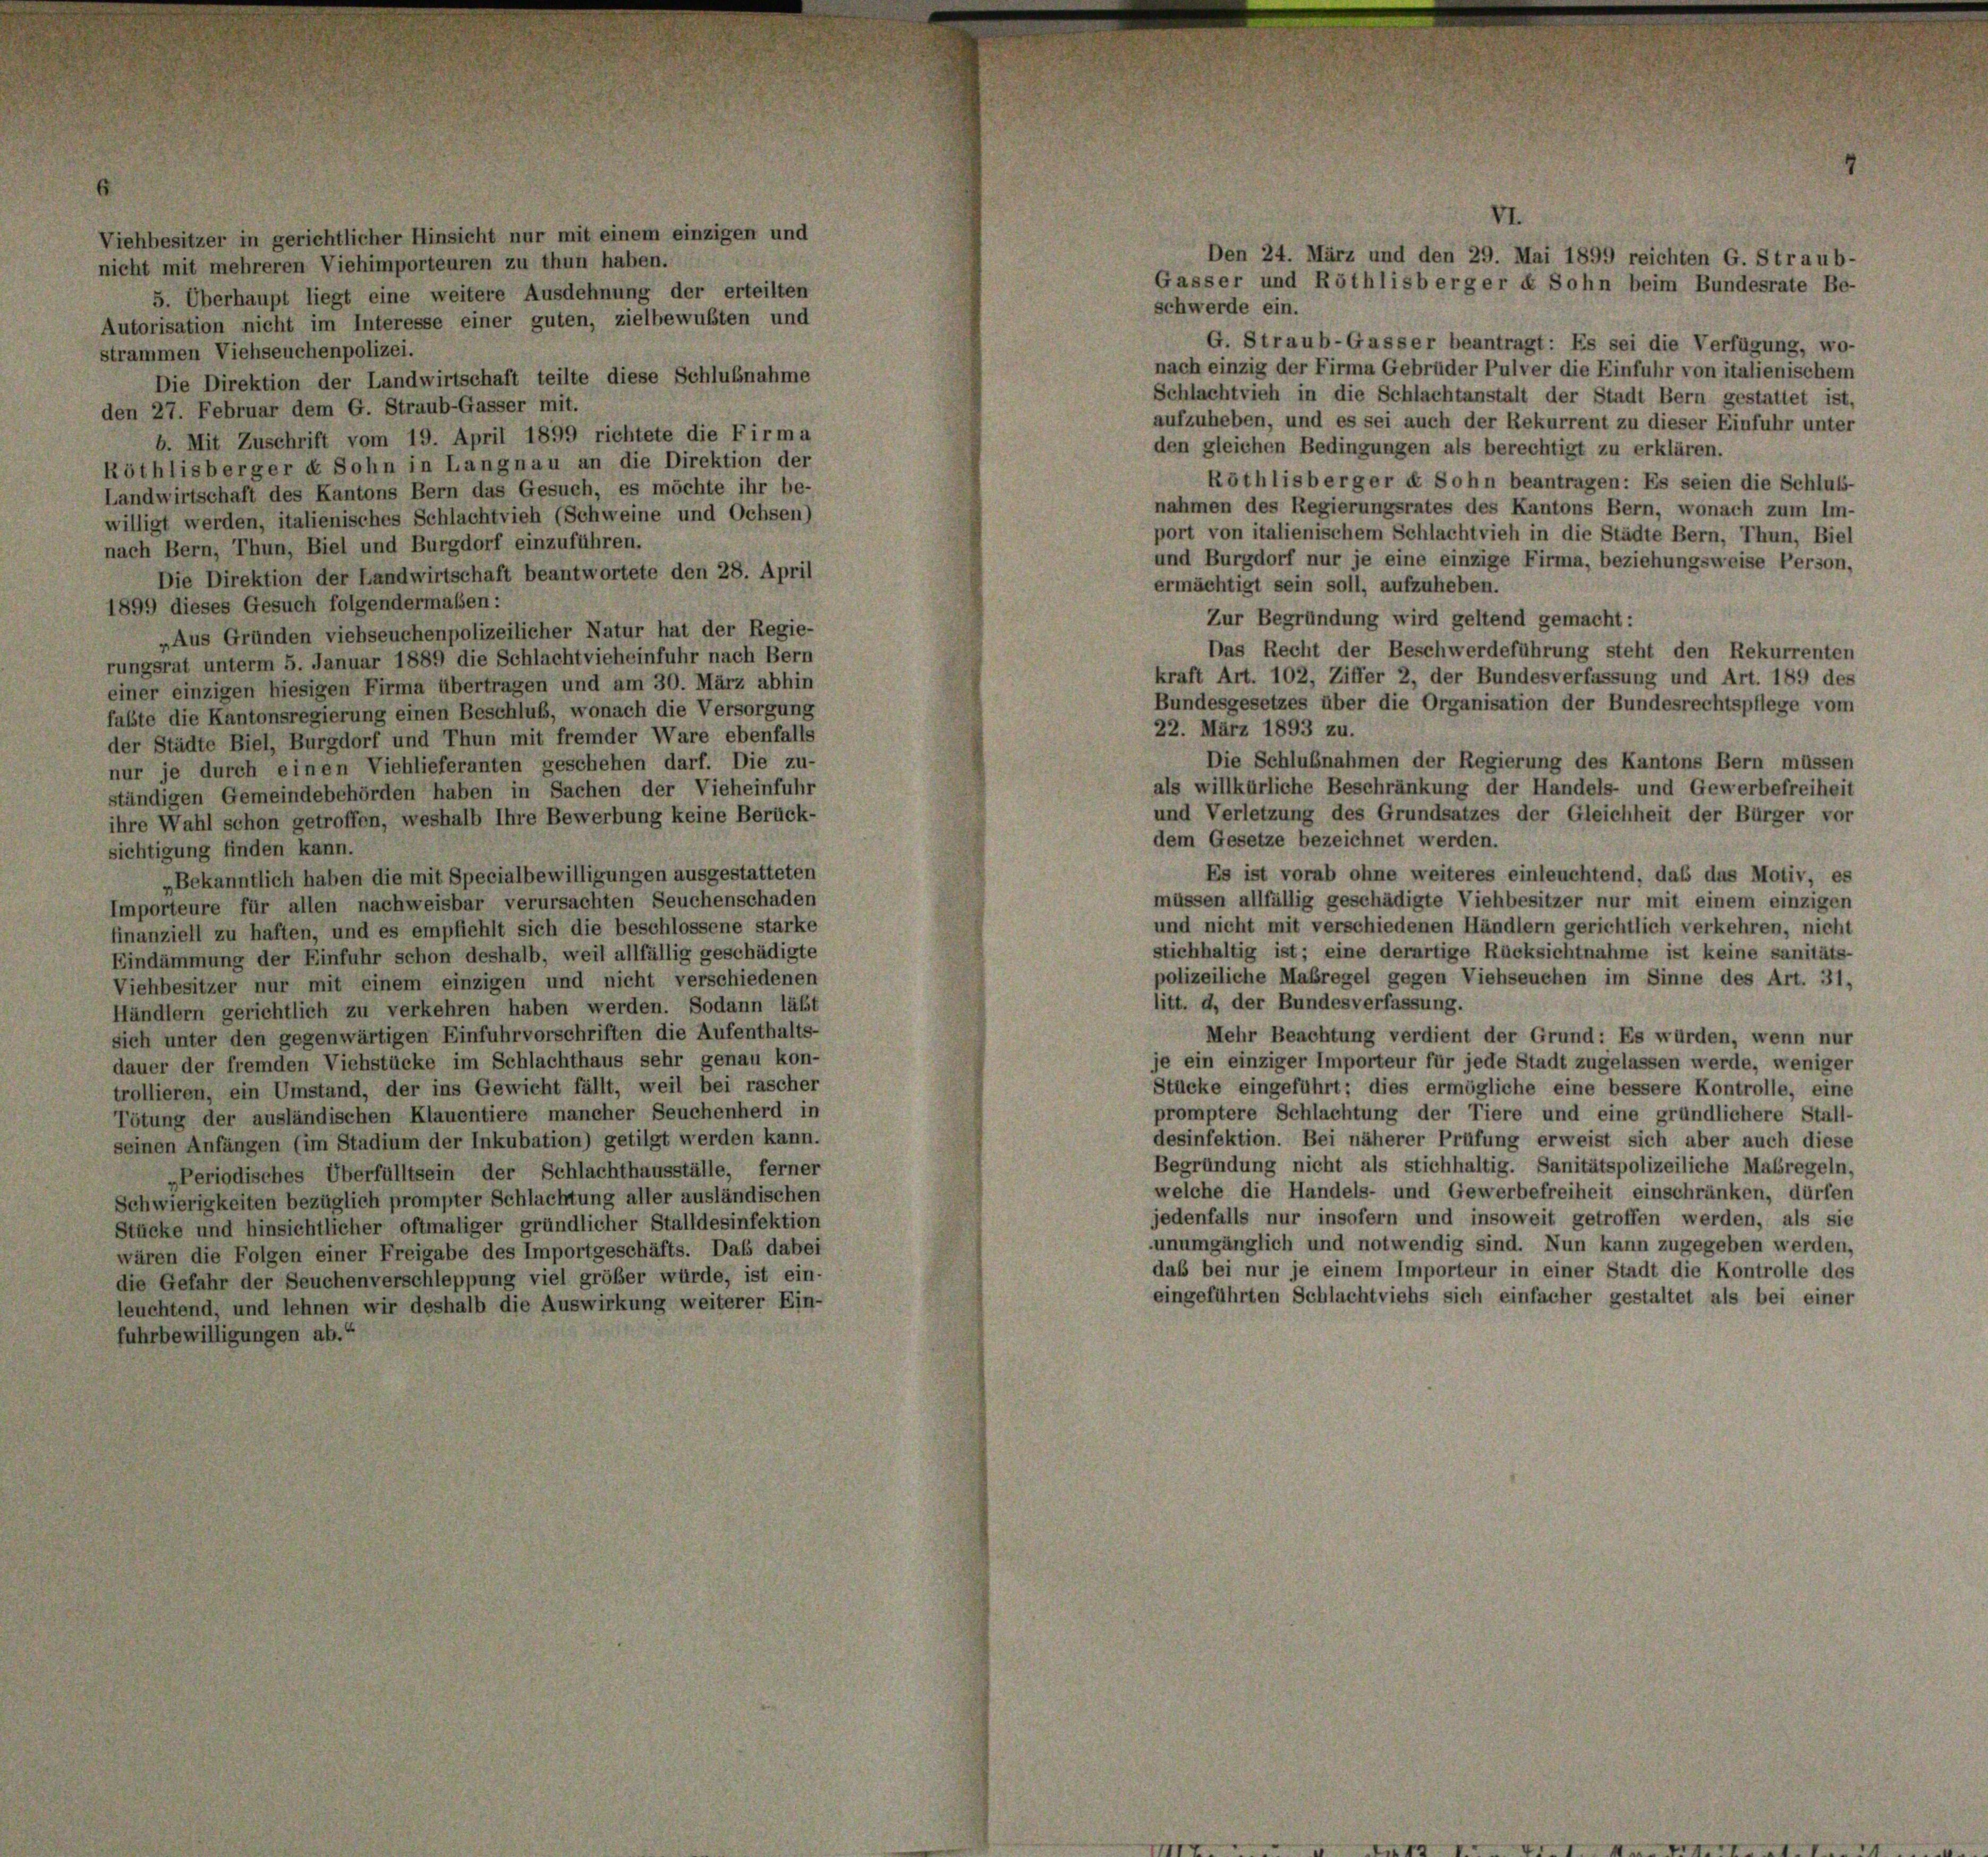
Viehbesitzer in gerichtlicher Hinsicht nur mit einem einzigen und
nicht mit mehreren Viehimporteuren zu thun haben.

5. Überhaupt liegt eine weitere Ausdehnung der erteilten
Autorisation nicht im Interesse einer guten, zielbewußten und
strammen Viehseuchenpolizei.
Die Direktion der Landwirtschaft teilte diese Schlußnahme
den 27. Februar dem G. Straub-Gasser mit.
b. Mit Zuschrift vom 19. April 1899 richtete die Firma
Röthlisberger & Sohn in Langnau an die Direktion der
Landwirtschaft des Kantons Bern das Gesuch, es möchte ihr be-
willigt werden, italienisches Schlachtvieh (Schweine und Ochsen)
nach Bern, Thun, Biel und Burgdorf einzuführen.
Die Direktion der Landwirtschaft beantwortete den 28. April
1899 dieses Gesuch folgendermaßen:
„Aus Gründen viehseuchenpolizeilicher Natur hat der Regie-
rungsrat unterm 5. Januar 1889 die Schlachtvieheinfuhr nach Bern
einer einzigen hiesigen Firma übertragen und am 30. März abhin
fabte die Kantonsregierung einen Beschluß, wonach die Versorgung
der Städte Biel, Burgdorf und Thun mit fremder Ware ebenfalls
nur je durch einen Viehlieferanten geschehen darf. Die zu-
ständigen Gemeindebehörden haben in Sachen der Vieheinfuhr
ihre Wahl schon getroffen, weshalb Ihre Bewerbung keine Berück-
sichtigung finden kann.
„Bekanntlich haben die mit Specialbewilligungen ausgestatteten
Importeure für allen nachweisbar verursachten Seuchenschaden
finanziell zu haften, und es empfiehlt sich die beschlossene starke
Eindämmung der Einfuhr schon deshalb, weil allfällig geschädigte
Viehbesitzer nur mit einem einzigen und nicht verschiedenen
Händlern gerichtlich zu verkehren haben werden. Sodann läßt
sich unter den gegenwärtigen Einfuhrvorschriften die Aufenthalts-
dauer der fremden Viehstücke im Schlachthaus sehr genau kon-
trollieren, ein Umstand, der ins Gewicht fällt, weil bei rascher
Tötung der ausländischen Klauentiere mancher Seuchenherd in
seinen Anfängen (im Stadium der Inkubation) getilgt werden kann.
„Periodisches Überfülltsein der Schlachthausställe, ferner
Schwierigkeiten bezüglich prompter Schlachtung aller ausländischen
Stücke und hinsichtlicher oftmaliger gründlicher Stalldesinfektion
wären die Folgen einer Freigabe des Importgeschäfts. Das dabei
die Gefahr der Seuchenverschleppung viel größer würde, ist ein-
leuchtend, und lehnen wir deshalb die Auswirkung weiterer Ein-
fuhrbewilligungen ab.“

VI.
Den 24. März und den 29. Mai 1899 reichten G. Straub-
Gasser und Röthlisberger & Sohn beim Bundesrate Be-
schwerde ein.
G. Straub-Gasser beantragt: Es sei die Verfügung, wo-

nach einzig der Firma Gebrüder Pulver die Einfuhr von italienischem
Schlachtvieh in die Schlachtanstalt der Stadt Bern gestattet ist,
aufzuheben, und es sei auch der Rekurrent zu dieser Einfuhr unter
den gleichen Bedingungen als berechtigt zu erklären.
Röthlisberger u Sohn beantragen: Es seien die Schluss-
nahmen des Regierungsrates des Kantons Bern, wonach zum Im-
port von italienischem Schlachtvieh in die Städte Bern, Thun, Biel
und Burgdorf nur je eine einzige Firma, beziehungsweise Person,
ermächtigt sein soll, aufzuheben.
Das Recht der Beschwerdeführung steht den Rekurrenten
kraft Art. 102, Ziffer 2, der Bundesverfassung und Art. 189 des
Bundesgesetzes über die Organisation der Bundesrechtspflege vom
22. März 1893 zu.
Die Schlußnahmen der Regierung des Kantons Bern müssen
als willkürliche Beschränkung der Handels- und Gewerbefreiheit
und Verletzung des Grundsatzes der Gleichheit der Bürger vor
dem Gesetze bezeichnet werden.
Es ist vorab ohne weiteres einleuchtend, daß das Motiv, es
müssen allfällig geschädigte Viehbesitzer nur mit einem einzigen
und nicht mit verschiedenen Händlern gerichtlich verkehren, nicht
stichhaltig ist; eine derartige Rücksichtnahme ist keine sanitäts-
polizeiliche Maßregel gegen Viehseuchen im Sinne des Art. 31,
litt. d, der Bundesverfassung.
Mehr Beachtung verdient der Grund: Es würden, wenn nur
je ein einziger Importeur für jede Stadt zugelassen werde, weniger
Stücke eingeführt; dies ermögliche eine bessere Kontrolle, eine
promptere Schlachtung der Tiere und eine gründlichere Stall-
desinfektion. Bei näherer Prüfung erweist sich aber auch diese
Begründung nicht als stichhaltig. Sanitätspolizeiliche Maßregeln,
welche die Handels- und Gewerbefreiheit einschränken, dürfen
jedenfalls nur insofern und insoweit getroffen werden, als sie
unumgänglich und notwendig sind. Nun kann zugegeben werden,
daß bei nur je einem Importeur in einer Stadt die Kontrolle des
eingeführten Schlachtviehs sich einfacher gestaltet als bei einer

Zur Begründung wird geltend gemacht: